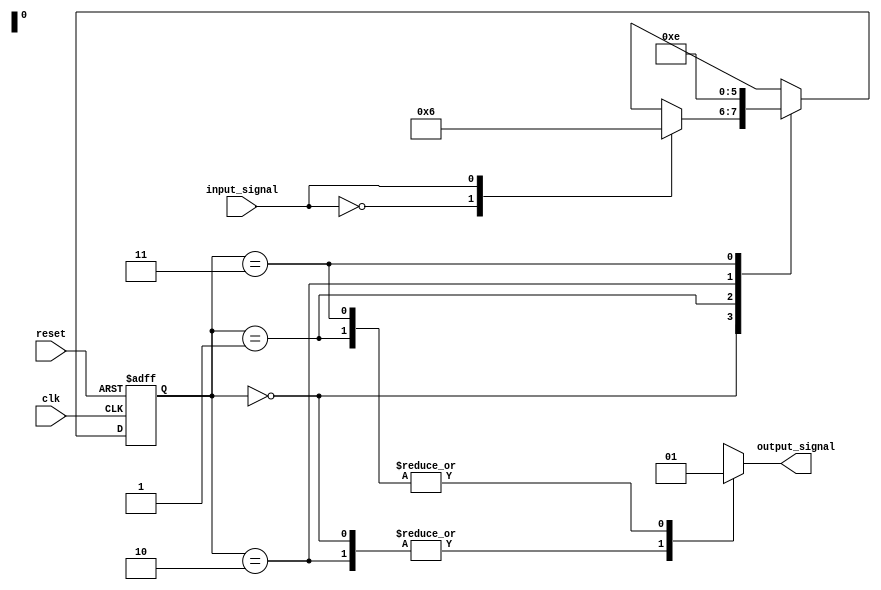
module MooreStateMachine (
    input clk,
    input reset,
    input input_signal,
    output reg output_signal
);

// State definitions
parameter STATE_A = 2'b00;
parameter STATE_B = 2'b01;
parameter STATE_C = 2'b10;
parameter STATE_D = 2'b11;

// State register
reg [1:0] current_state, next_state;

always @ (posedge clk or posedge reset) begin
    if (reset) begin
        current_state <= STATE_A;
    end else begin
        current_state <= next_state;
    end
end

// State transition logic
always @ (*) begin
    case (current_state)
        STATE_A: begin
            case (input_signal)
                0: next_state = STATE_B;
                1: next_state = STATE_C;
            endcase
        end
        STATE_B: next_state = STATE_A;
        STATE_C: next_state = STATE_D;
        STATE_D: next_state = STATE_C;
    endcase
end

// Output logic
always @ (*) begin
    case (current_state)
        STATE_A: output_signal = 1'b0;
        STATE_B: output_signal = 1'b1;
        STATE_C: output_signal = 1'b0;
        STATE_D: output_signal = 1'b1;
    endcase
end

endmodule